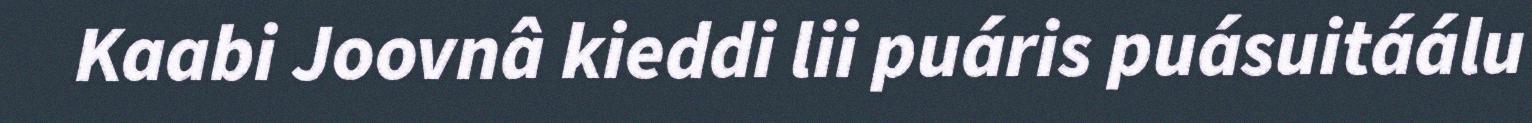
Kaabi Joovnâ kieddi lii puáris puásuitáálu